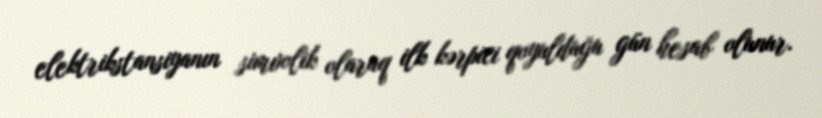
elektrikstansiyanın simvolik olaraq ilk kərpici qoyulduğu gün hesab olunur.